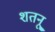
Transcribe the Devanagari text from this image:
शतनू